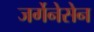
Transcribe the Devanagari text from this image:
जर्गेनेसेन